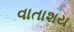
વાતાશય